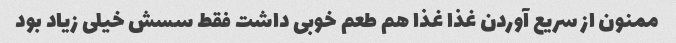
ممنون از سریع آوردن غذا غذا هم طعم خوبی داشت فقط سسش خیلی زیاد بود